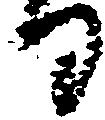
る